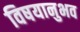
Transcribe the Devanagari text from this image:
विषयानुभव